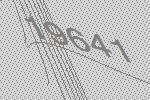
19641